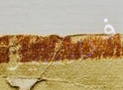
فرانسيز